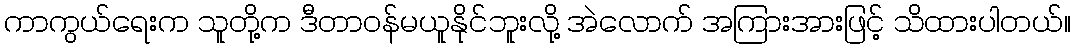
ကာကွယ်ရေးက သူတို့က ဒီတာဝန်မယူနိုင်ဘူးလို့ အဲလောက် အကြားအားဖြင့် သိထားပါတယ်။